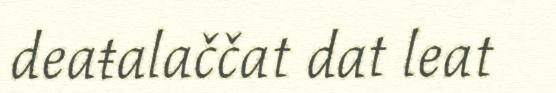
deaŧalaččat dat leat